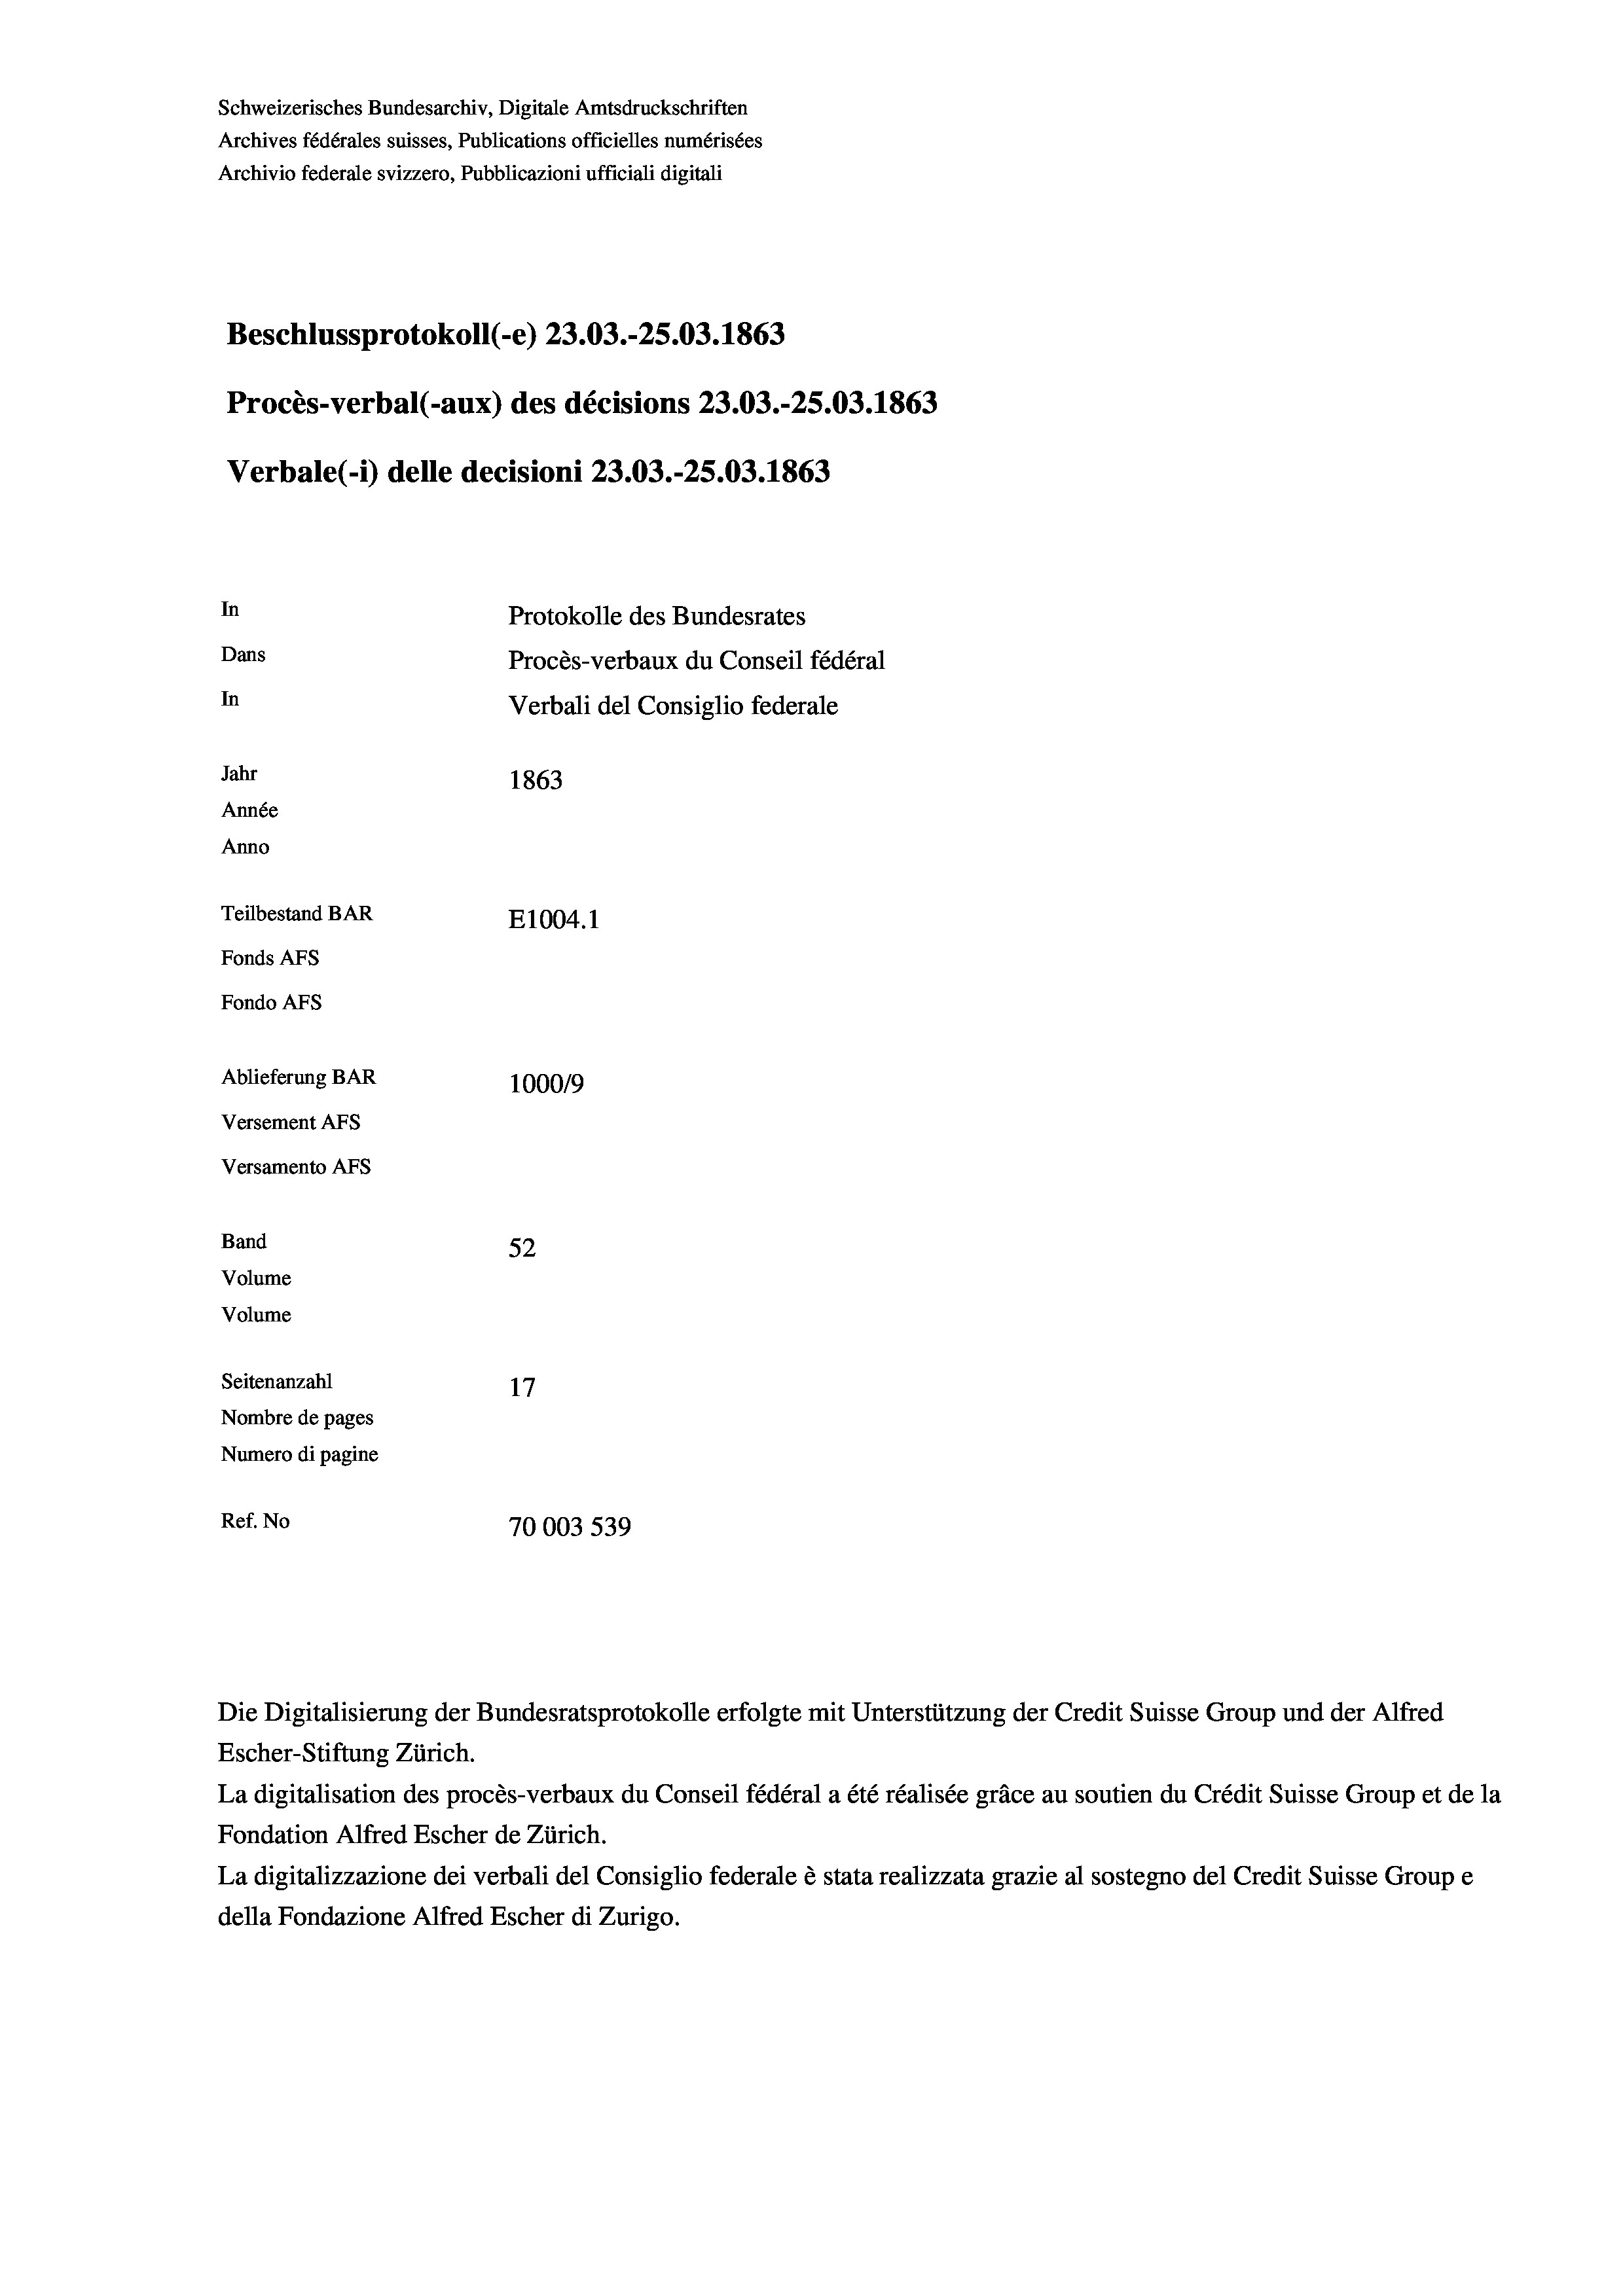
In
Protokolle des Bundesrates
Dans
Procès-verbaux du Conseil fédéral
In
Verbali del Consiglio federale
Jahr
1863
Année
Anno
Teilbestand BAR
E1004. 1
Fonds AFs
Fondo AFs

Schweizerisches Bundesarchiv, Digitale Amtsdruckschriften
Archives fédérales suisses, Publications officielles numérisées
Archivio federale svizzero, Pubblicazioni ufficiali digitali

100019
52
Ref. No
70003 539

Escher-Stiftung Zürich.
La digitalisation des procès-verbaux du Conseil fédéral a été réalisée gräce au soutien du Crédit Suisse Group et de la
Fondation Alfred Escher de Zürich.
La digitalizzazione dei verbali del Consiglio federale è stata realizzata grazie al sostegno del Credit Suisse Groupe
della Fondazione Alfred Escher di Zurigo.

Ablieferung BAR
Versement AFs
Versamento Afs
Band
Volume
Volume
Seitenanzahl
17
Nombre de pages
Numero di pagine

Procès-verbal (-aux) des décisions 23.03.-25.03. 1863
Verbale(1) delle decisioni 23.03.-25.03. 1863

Beschlussprotokoll (-e) 23.03.-25.03. 1863

Die Digitalisierung der Bundesratsprotokolle erfolgte mit Unterstützung der Credit Suisse Group und der Alfred